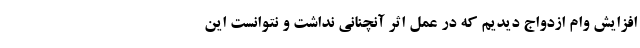
افزایش وام ازدواج دیدیم که در عمل اثر آنچنانی نداشت و نتوانست این